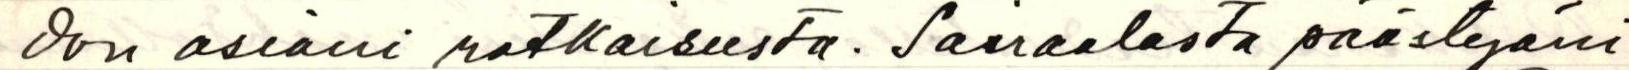
don asiani ratkaisusta. Sairaalasta päästyäni